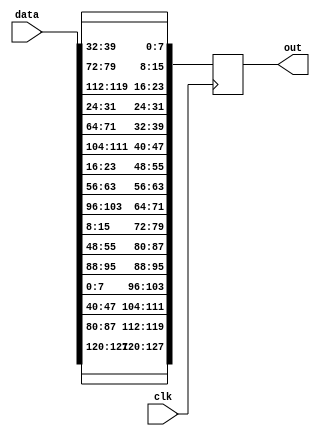
`timescale 1ns / 1ps
//////////////////////////////////////////////////////////////////////////////////
// Company: 
// Engineer: 
// 
// Design Name: 
// Module Name:    ShiftRows 
// Project Name: 
// Target Devices: 
// Tool versions: 
// Description: 
//
// Dependencies: 
//
// Revision: 
// Revision 0.01 - File Created
// Additional Comments: 
//
//////////////////////////////////////////////////////////////////////////////////
module ShiftRows(data,out, clk);
input [127:0] data;
input clk;
output reg [127:0] out;
reg [31:0] t0, t1, t2, t3;
reg [31:0] ws0, ws1, ws2, ws3;

always@(posedge clk)
begin
t0 = data[127:096];
t1 = data[095 : 064];
t2 = data[063 : 032];
t3 = data[031 : 000];

ws0 = {t0[31 : 24], t1[23 : 16], t2[15 : 08], t3[07 : 00]};
ws1 = {t1[31 : 24], t2[23 : 16], t3[15 : 08], t0[07 : 00]};
ws2 = {t2[31 : 24], t3[23 : 16], t0[15 : 08], t1[07 : 00]};
ws3 = {t3[31 : 24], t0[23 : 16], t1[15 : 08], t2[07 : 00]};

out = {ws0, ws1, ws2, ws3};
end
endmodule